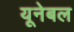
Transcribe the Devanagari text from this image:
यूनेबल